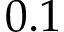
0 . 1